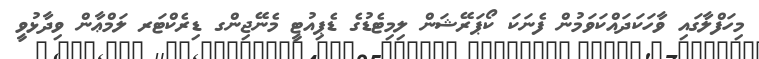
މިހަފްލާގައި ވާހަކަދައްކަވަމުން ފެނަކަ ކޯޕަރޭޝަން ލިމިޓެޑުގެ ޑެޕިއުޓީ މެނޭޖިންގ ޑިރެކްޓަރ ލަމްޢާން ވިދާޅުވީ